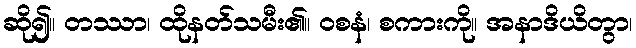
ဆို၍။ တဿာ၊ ထိုနတ်သမီး၏။ ဝစနံ၊ စကားကို။ အနာဒိယိတွာ၊